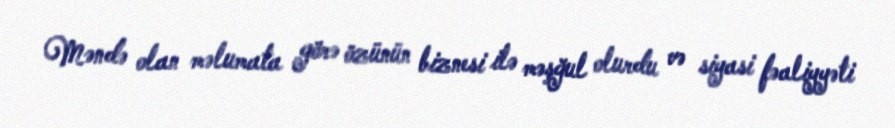
Məndə olan məlumata görə özünün biznesi ilə məşğul olurdu və siyasi fəaliyyəti